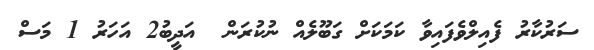
ސަރުކާރު ފެއިލްވެފައިވާ ކަމަކަށް ގަބޫލެއް ނުކުރަން  އަދީބު2 އަހަރު 1 މަސް